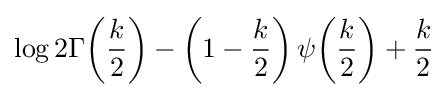
\log 2\Gamma {\left({\frac {k}{2}}\right)}-\left(1-{\frac {k}{2}}\right)\psi {\left({\frac {k}{2}}\right)}+{\frac {k}{2}}